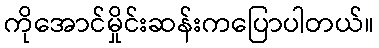
ကိုအောင်မှိုင်းဆန်းကပြောပါတယ်။